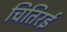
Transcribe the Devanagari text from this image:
चितिरई